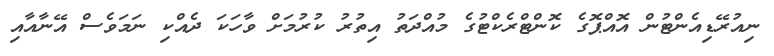
ނިއުރޭޑިއެންޓުން އޮއްޕޮގެ ކޮންޓްރެކްޓުގެ މުއްދަތު އިތުރު ކުރުމަށް ވާހަކަ ދެއްކި ނަމަވެސް އޭނާއާއި